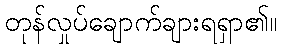
တုန်လှုပ်ချောက်ချားရရှာ၏။